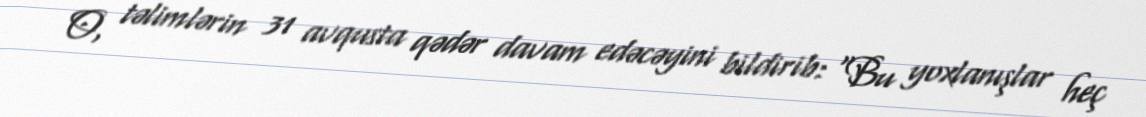
O, təlimlərin 31 avqusta qədər davam edəcəyini bildirib: “Bu yoxlanışlar heç